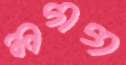
লগগ